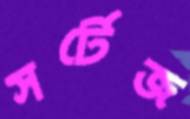
সর্টেজ